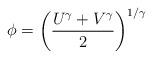
LaTeX: \begin{align*}\phi= \left(\frac{U ^{\gamma}+V^{\gamma}}{2}\right)^{1/\gamma}\end{align*}